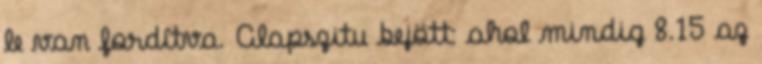
le van fordítva. Alapszitu bejött: ahol mindig 8.15 az